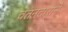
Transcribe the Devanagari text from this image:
वतनदाराने